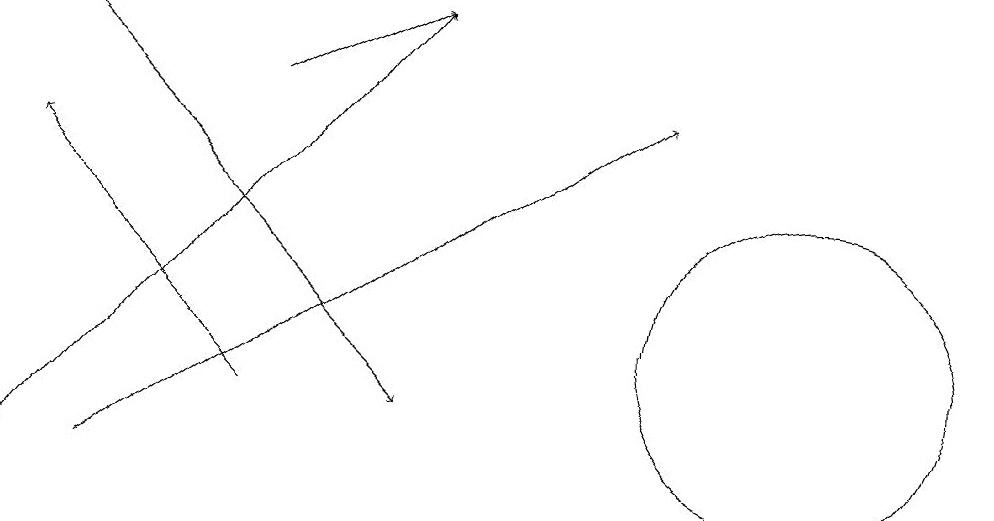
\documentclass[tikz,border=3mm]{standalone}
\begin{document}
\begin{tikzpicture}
\draw[->] (3,15) -- (5,16);
\draw[->] (0,10) -- (5,16);
\draw[->] (3,11) -- (0,14);
\draw (10,12) circle (2);
\draw[->] (0,16) -- (5,11);
\draw[->] (1,10) -- (8,15);
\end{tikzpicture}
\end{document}